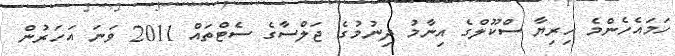
ހަމައެހެންމެ ހިރިޔާ ސްކޫލްގެ އިނާމު ދިނުމުގެ ޖަލްސާގެ ސެޓްތައް 2011 ވަނަ އަހަރުން